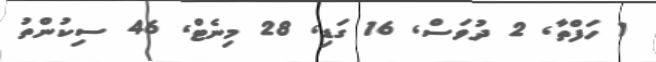
1 ހަފްތާ